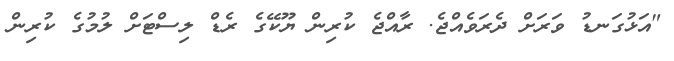
"އަޅުގަނޑު ވަރަށް ދެރަވެއްޖެ. ރާއްޖެ ކުރިން ޔޫކޭގެ ރެޑް ލިސްޓަށް ލުމުގެ ކުރިން